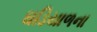
ઘડિયાળના